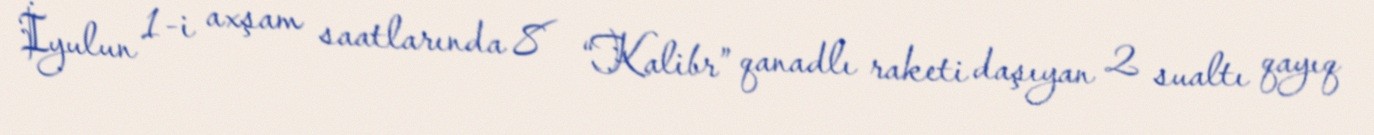
İyulun 1-i axşam saatlarında 8 “Kalibr” qanadlı raketi daşıyan 2 sualtı qayıq